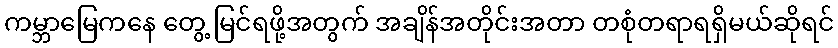
ကမ္ဘာမြေကနေ တွေ့ မြင်ရဖို့အတွက် အချိန်အတိုင်းအတာ တစုံတရာရရှိမယ်ဆိုရင်